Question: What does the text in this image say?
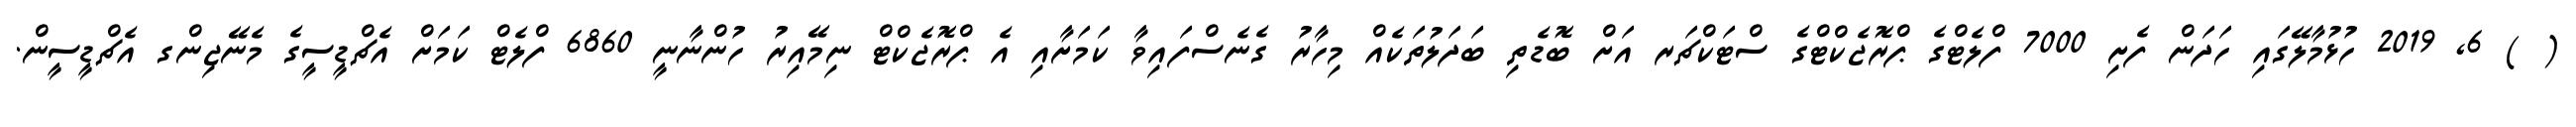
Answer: ( ) 6, 2019 ހުޅުމާލޭގައި ހަދަން ފެށި 7000 ފްލެޓްގެ ޕްރޮޖެކްޓްގެ ސްޓަކްޗަރ އަށް ބޮޑެތި ބަދަލުތަކެއް މިހާރު ގެނެސްފައިވާ ކަމަށާއި އެ ޕްރޮޖެކްޓް ނިމޭއިރު ހުންނާނީ 6860 ފްލެޓް ކަމަށް އެޗްޑީސީގެ މެނޭޖިންގ އެޗްޑީސީން.